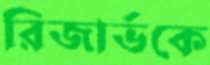
রিজার্ভকে